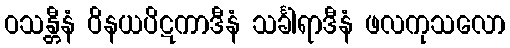
ဝသန္တီနံ ဝိနယပိဋကာဒီနံ သင်္ခါရာဒီနံ ဖလကုသလော